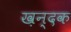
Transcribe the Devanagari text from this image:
ख़न्दक